Riigikantselei, lk 169
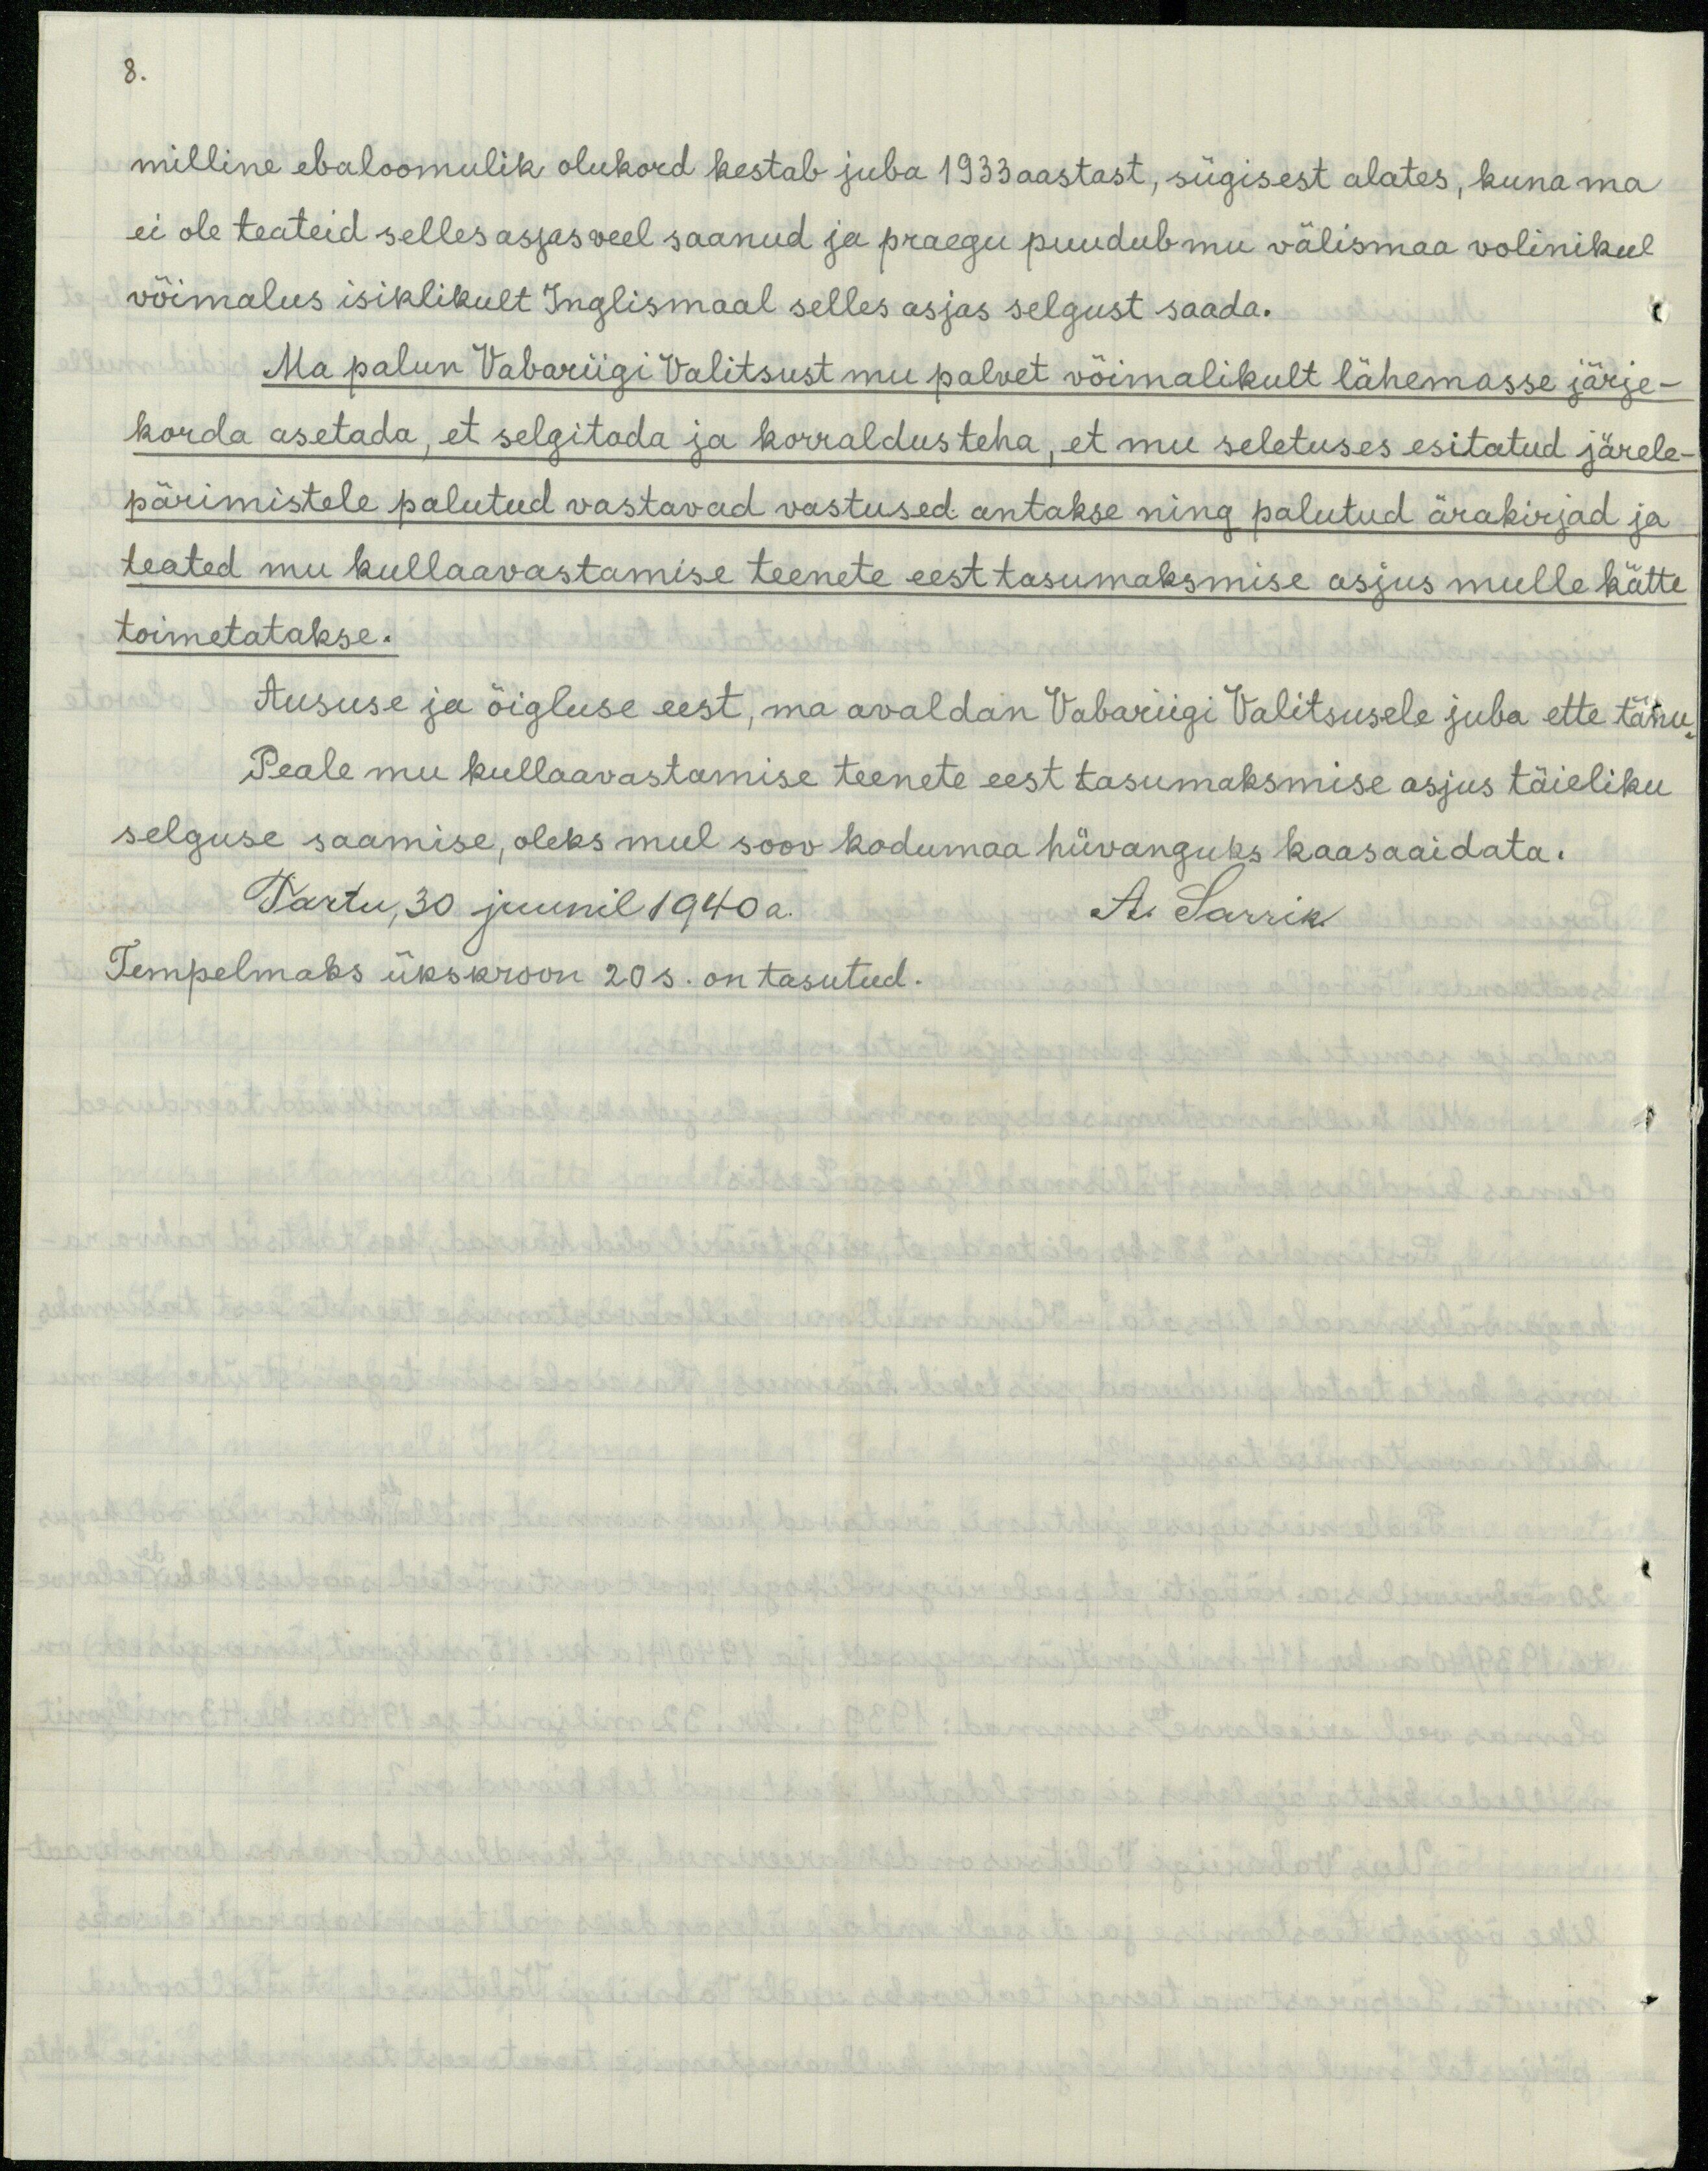
8.

milline ebaloomulik olukord kestab juba 1933 aastast, sügisest alates, kuna ma
ei ole teateid selles asjas veel saanud ja praegu puudub mu välismaa volinikul
võimalus isiklikult Inglismaal selles asjas selgust saada.
Ma palun Vabariigi Valitsust mu palvet võimalikult lähemasse järje-
korda asetada, et selgitada ja korraldus teha, et mu seletuses esitatud järele-
pärimistele palutud vastavad vastused antakse ning palutud ärakirjad ja
teated mu kullaavastamise teenete eest tasumaksmise asjus mulle kätte
toimetatakse.
Aususe ja õigluse eest, ma avaldan Vabariigi Valitsusele juba ette tänu.
Peale mu kullaavastamise teenete eest tasumaksmise asjus täieliku
selguse saamise, oleks mul soov kodumaa hüvanguks kaasaaidata.
Tartu, 30 juunil 1940a.
A. Sarrik
Tempelmaks üks kroon 20 s. on tasutud.